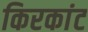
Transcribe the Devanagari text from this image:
किरकांट